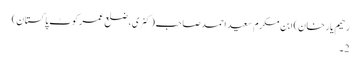
رحیم یار خان) ابن مکرم سعید احمد صاحب (کنری، ضلع عمر کوٹ پاکستان)
2۔